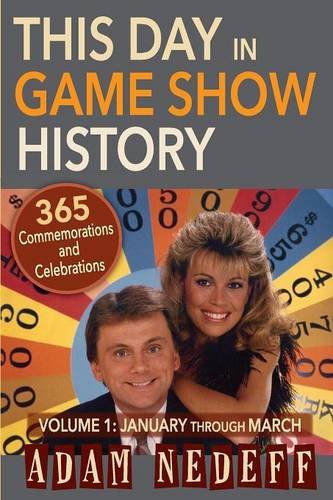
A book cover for This Day in Game Show History- 365 Commemorations and Celebrations, Vol. 1: January Through March; Adam Nedeff; Humor & Entertainment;